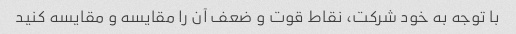
با توجه به خود شرکت، نقاط قوت و ضعف آن را مقایسه و مقایسه کنید